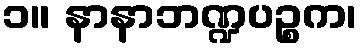
၁။ နာနာဘဏ္ဍပဉ္စက၊